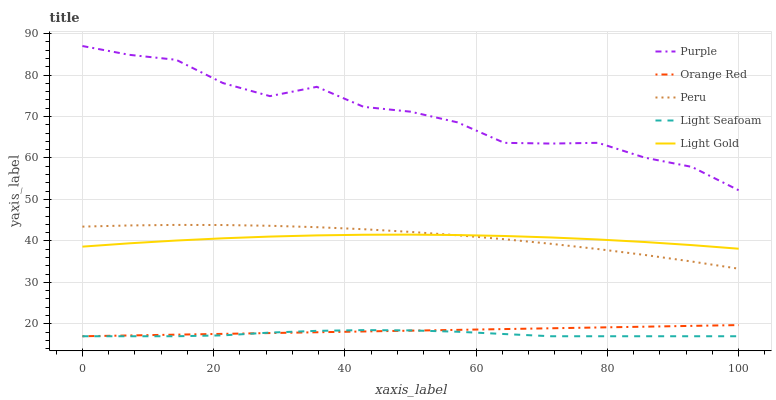
| xaxis_label | Purple | Orange Red | Peru | Light Seafoam | Light Gold |
 | --- | --- | --- | --- | --- | --- |
 | 0 | 87 | 17 | 43.4 | 17 | 38.6 |
 | 7.14 | 84.9 | 17.2 | 43.7 | 17 | 39.4 |
 | 14.3 | 83.7 | 17.4 | 43.9 | 17 | 40.1 |
 | 21.4 | 78.1 | 17.6 | 43.8 | 17.2 | 40.6 |
 | 28.6 | 74.9 | 17.8 | 43.6 | 17.9 | 41 |
 | 35.7 | 77.2 | 18 | 43.3 | 18.3 | 41.3 |
 | 42.9 | 72.3 | 18.2 | 42.8 | 18.5 | 41.5 |
 | 50 | 71.2 | 18.3 | 42.2 | 18.4 | 41.5 |
 | 57.1 | 68.6 | 18.5 | 41.4 | 18.1 | 41.4 |
 | 64.3 | 63.6 | 18.7 | 40.4 | 17.5 | 41.2 |
 | 71.4 | 63.5 | 18.9 | 39.3 | 17 | 40.8 |
 | 78.6 | 63.7 | 19.1 | 38 | 17 | 40.3 |
 | 85.7 | 60.1 | 19.3 | 36.6 | 17 | 39.7 |
 | 92.9 | 57.8 | 19.5 | 35 | 17 | 39 |
 | 100 | 52.2 | 19.7 | 33.3 | 17 | 38.1 |